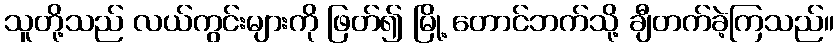
သူတို့သည် လယ်ကွင်းများကို ဖြတ်၍ မြို့ တောင်ဘက်သို့ ချီတက်ခဲ့ကြသည်။